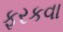
ફરકવા